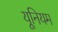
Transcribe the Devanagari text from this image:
यूनियम